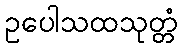
ဥပေါသထသုတ္တံ